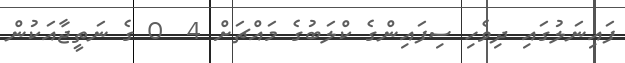
ފައިނަލުގައި ދިވެހި ސިފައިންގެ ކްލަބުގެ މައްޗަށް 4  0 ގެ ނަތީޖާއަކުން